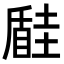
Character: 𡐠